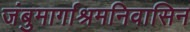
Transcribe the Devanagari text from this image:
जंबुमार्गाश्रमनिवासिन